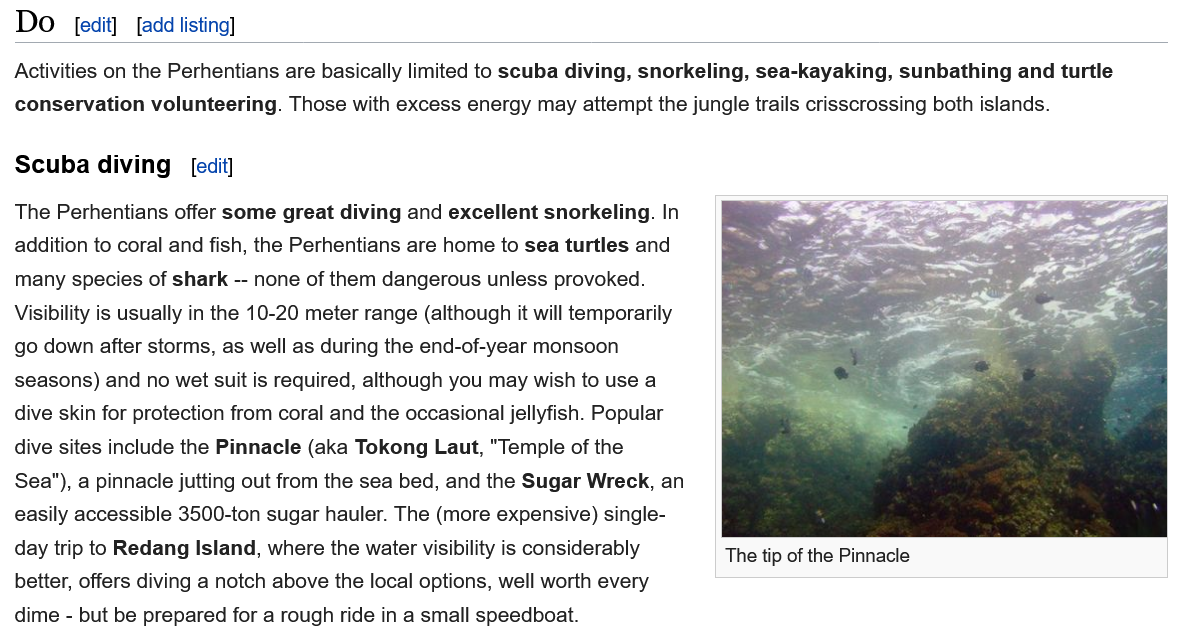
The Perhentians offer some great diving and excellent snorkeling. In
  addition to coral and fish, the Perhentians are home to sea turtles and
  many species of shark -- none of them dangerous unless provoked.
  Visibility is usually in the 10-20 meter range (although it will temporarily
  go down after storms, as well as during the end-of-year monsoon
  seasons) and no wet suit is required, although you may wish to use a
  dive skin for protection from coral and the occasional jellyfish. Popular
  dive sites include the Pinnacle (aka Tokong Laut, "Temple of the
  Sea"), a pinnacle jutting out from the sea bed, and the Sugar Wreck, an
  easily accessible 3500-ton sugar hauler. The (more expensive) single-
  day trip to Redang Island, where the water visibility is considerably
  better, offers diving a notch above the local options, well worth every
  dime - but be prepared for a rough ride in a small speedboat.
     The tip of the Pinnacle
  Scuba diving    [edit]
  Activities on the Perhentians are basically limited to scuba diving, snorkeling, sea-kayaking, sunbathing and turtle
  conservation volunteering. Those with excess energy may attempt the jungle trails crisscrossing both islands.
     [edit] [add listing]